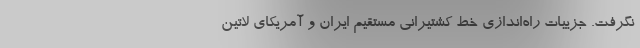
نگرفت. جزییات راه‌اندازی خط کشتیرانی مستقیم ایران و آمریکای لاتین